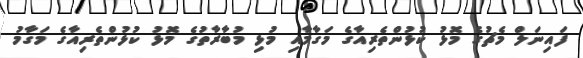
ފައިނަލް މެޗުގެ މޮޅު ކުޅުންތެރިއާގެ މަގާމާއި މުޅި މުބާރާތުގެ މޮޅު ކުޅުންތެރިއާގެ މަގާމު